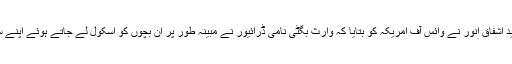
جعفرآباد کے ضلعی پولیس افسر سید اشفاق انور نے وائس آف امریکہ کو بتایا کہ وارث بگٹی نامی ڈرائیور نے مبینہ طور پر ان بچوں کو اسکول لے جاتے ہوئے اپنے ساتھیوں کے ساتھ مل کر اغواء کیا۔